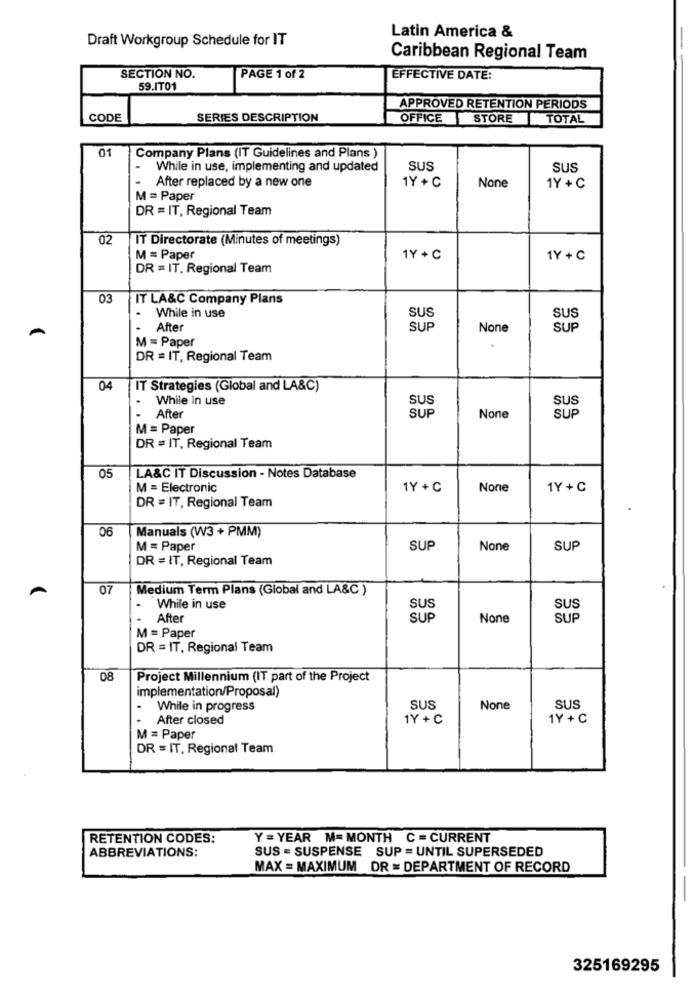
Latin America &
Draft Workgroup Schedule for IT
Caribbean Regional Team
SECTION NO.
PAGE 1 of 2
EFFECTIVE DATE:
59.IT01
APPROVED RETENTION PERIODS
CODE
SERIES DESCRIPTION
OFFICE
STORE
TOTAL
01
Company Plans (IT Guidelines and Plans )
-
While in use, implementing and updated
SUS
SUS
After replaced by a new one
1Y + C
1Y + C
M = Paper
DR = IT, Regional Team
02
IT Directorate (Minutes of meetings)
M = Paper
1Y +C
1Y + C
DR = IT. Regional Team
03
IT LA&C Company Plans
.
While in use
SUS
SUS
After
SUP
SUP
M = Paper
.
DR = IT, Regional Team
04
IT Strategies (Global and LA&C)
While in use
SUS
SUS
After
SUP
SUP
M = Paper
DR = IT, Regional Team
05
LA&C IT Discussion - Notes Database
M = Electronic
1Y +C
1Y+C
DR = IT, Regional Team
06
Manuals (W3 + PMM)
M = Paper
SUP
SUP
DR = IT, Regional Team
A
07
Medium Term Plans (Global and LA&C )
While in use
SUS
SUS
After
SUP
SUP
M = Paper
DR = IT, Regional Team
08
Project Millennium (IT part of the Project
implementation/Proposal)
.
While in progress
SUS
SUS
After closed
1Y +C
1Y + C
M = Paper
DR = IT. Regional Team
RETENTION CODES:
Y = YEAR M= MONTH C = CURRENT
SUS = SUSPENSE SUP = UNTIL SUPERSEDED
ABBREVIATIONS:
MAX = MAXIMUM DR = DEPARTMENT OF RECORD
325169295